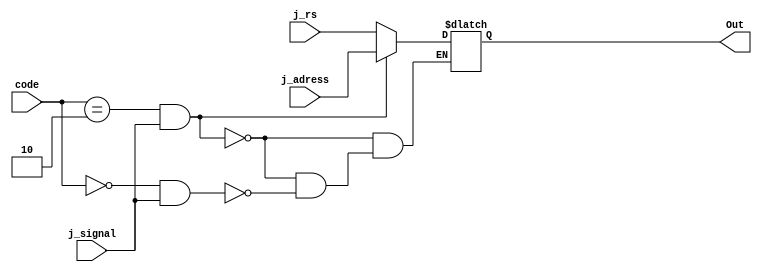
/*jump sinyaline gre jump yada jumpregister adresn ayarlar.*/
module jump(Out,code,j_adress,j_rs,j_signal);
	
output reg [31:0] Out;
input [5:0]code;
input [31:0]j_adress,j_rs;
input j_signal;

always@(*)begin

if(code==6'b000010 && j_signal==1'b1)begin//j
	Out = j_adress;
end
else if(code==6'b0 && j_signal==1'b1)begin//jr
	Out = j_rs;
end
end
	
endmodule